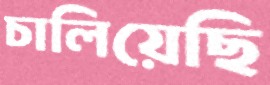
চালিয়েছি